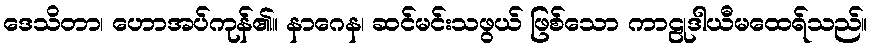
ဒေသိတာ၊ ဟောအပ်ကုန်၏။ နာဂေန၊ ဆင်မင်းသဖွယ် ဖြစ်သော ကာဠုဒါယီမထေရ်သည်။